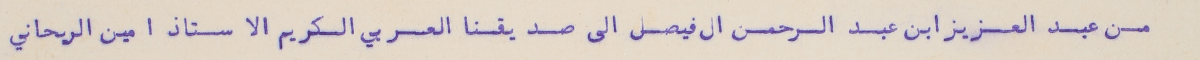
من عبد العزيز ابن عبد الرحمن ال فيصل الى صديقنا العربي الكريم الاستاذ امين الريحاني